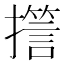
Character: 𭢪